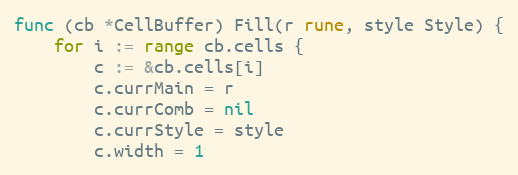
Language: Go
func (cb *CellBuffer) Fill(r rune, style Style) {
	for i := range cb.cells {
		c := &cb.cells[i]
		c.currMain = r
		c.currComb = nil
		c.currStyle = style
		c.width = 1